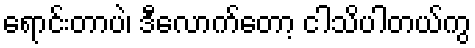
ရောင်းတာပဲ၊ ဒီလောက်တော့ ငါသိပါတယ်ကွ